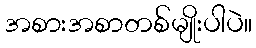
အစားအစာတစ်မျိုးပါပဲ။